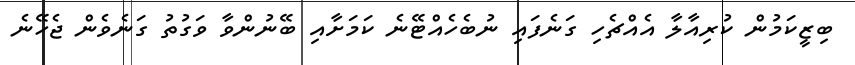
ބިޒީކަމުން ކުރިއާލާ އެއްޗެހި ގަނެފައި ނުބެހެއްޓޭނެ ކަމަށާއި ބޭނުންވާ ވަގުތު ގަނެވެން ޖެހޭނެ